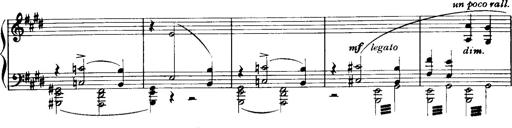
Title: Historische ungarische Bildnisse
Composer: Franz Liszt